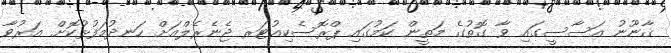
ޤާނޫނު އަސާސީގައި ވާ ގޮތުގެ މަތީން ކަމުގައި ޕްރޮސެކިއުޓަރ ޖެނެރެލްއަށް ހަނދުމަފުޅުކޮށް އަރުވާ